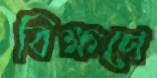
বিক্ষণে